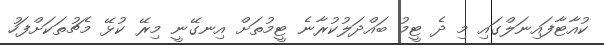
ކުއާޓާފައިނަލްގައި މި ދެ ޓީމު ބައްދަލުކުރާނެ ޓީމުތަށް އިނގޭނީ މިރޭ ކުޅޭ މެޗުތަކަށްފަހު